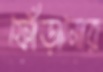
ফোঁড়ানোর